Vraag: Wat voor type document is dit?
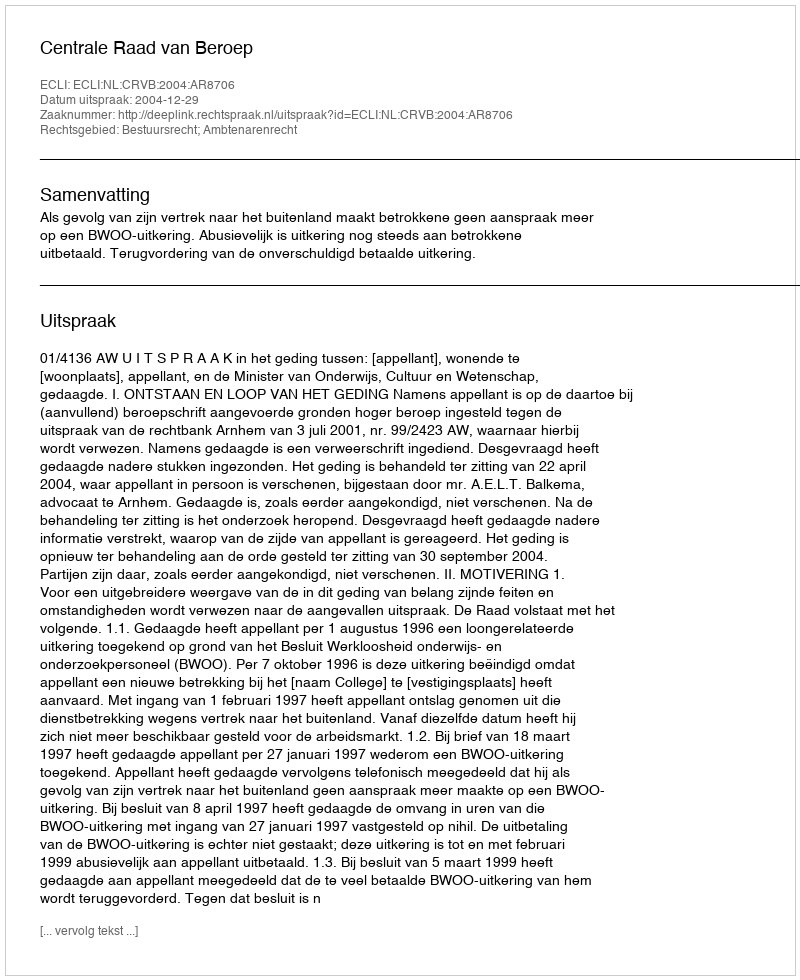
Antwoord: Uitspraak